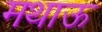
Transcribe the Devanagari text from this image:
मथाऊ